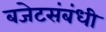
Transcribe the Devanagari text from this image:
बजेटसंबंधी